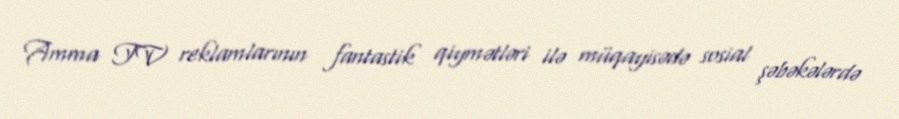
Amma TV reklamlarının fantastik qiymətləri ilə müqayisədə sosial şəbəkələrdə